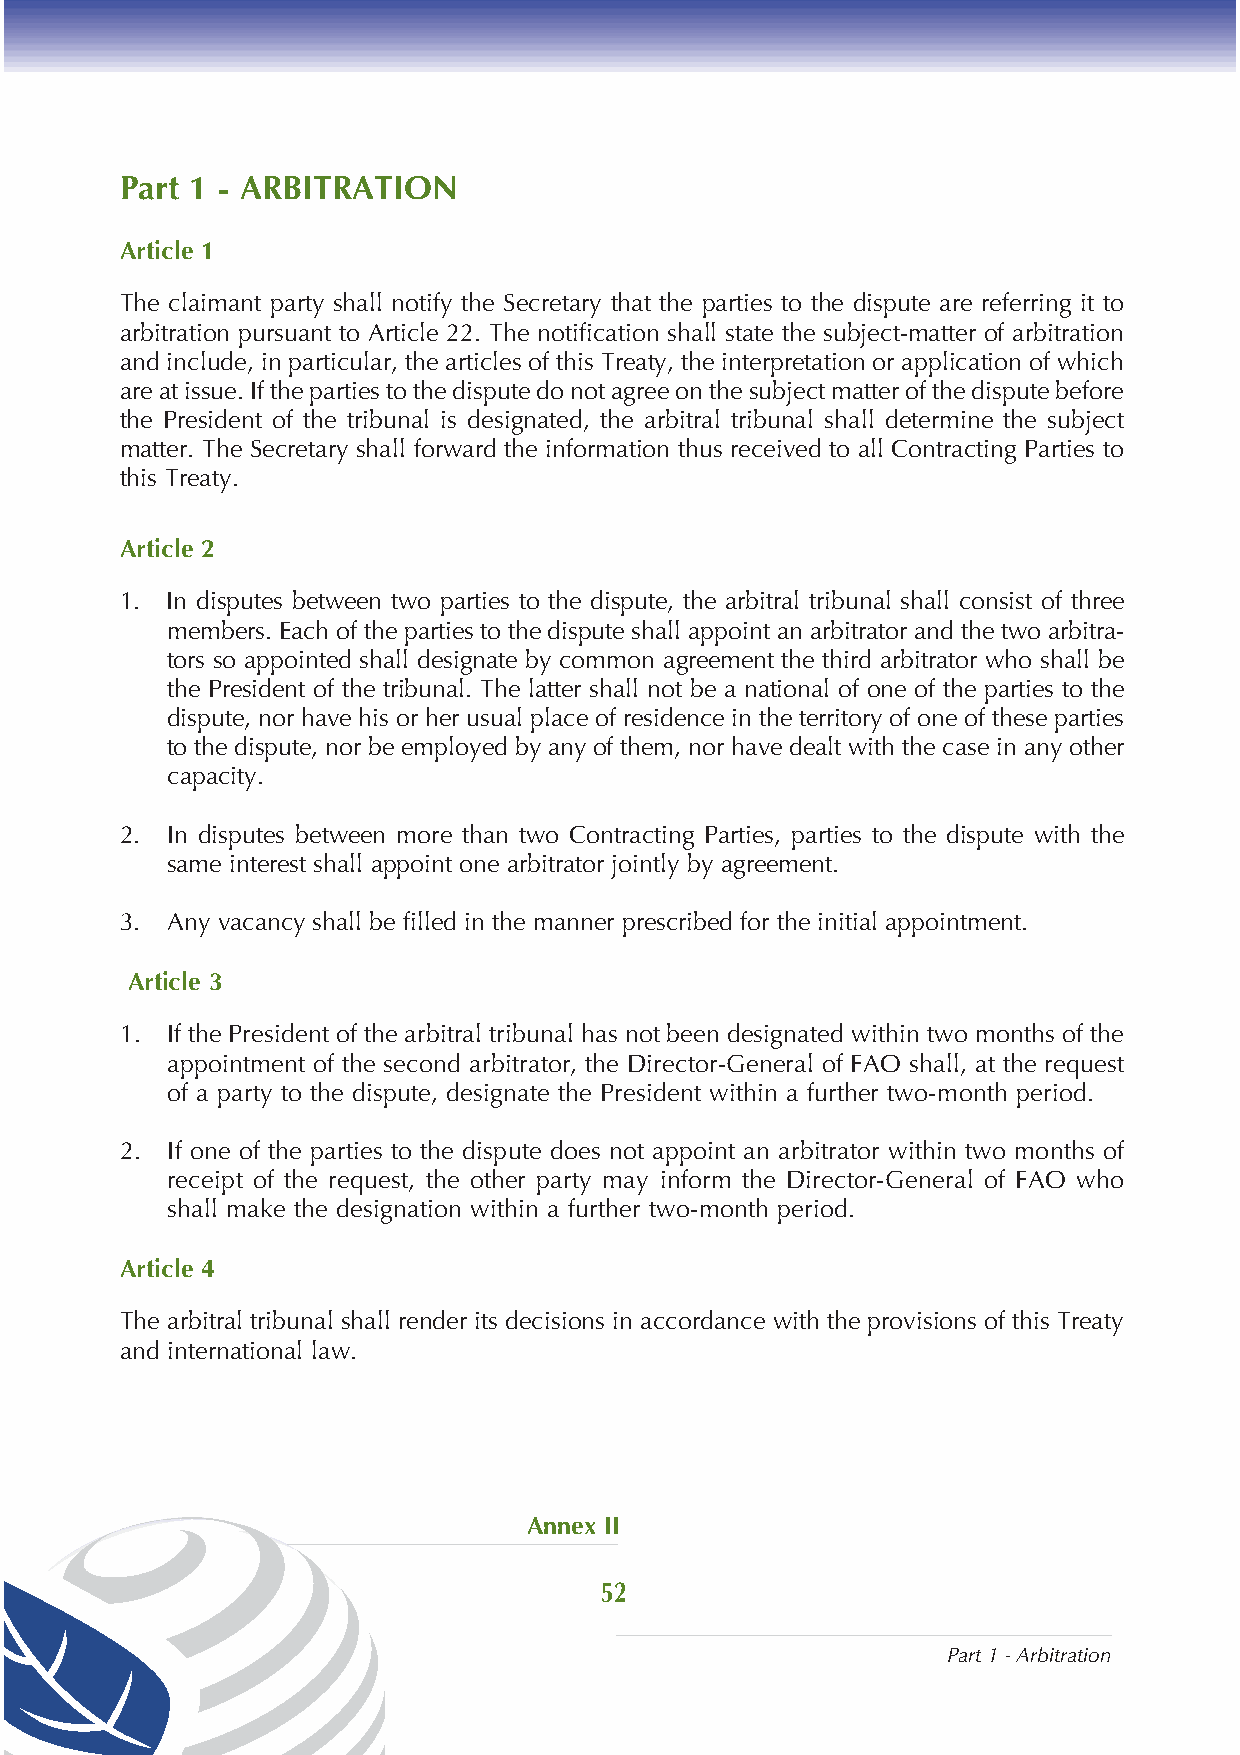
Part 1 - ARBITRATION
 Article 1
 The claimant party shall notify the Secretary that the parties to the dispute are referring it to
 arbitration pursuant to Article 22. The notification shall state the subject-matter of arbitration
 and include, in particular, the articles of this Treaty, the interpretation or application of which
 are at issue. If the parties to the dispute do not agree on the subject matter of the dispute before
 the President of the tribunal is designated, the arbitral tribunal shall determine the subject
 matter. The Secretary shall forward the information thus received to all Contracting Parties to
 this Treaty.
 Article 2
 1. In disputes between two parties to the dispute, the arbitral tribunal shall consist of three
 members. Each of the parties to the dispute shall appoint an arbitrator and the two arbitra-
 tors so appointed shall designate by common agreement the third arbitrator who shall be
 the President of the tribunal. The latter shall not be a national of one of the parties to the
 dispute, nor have his or her usual place of residence in the territory of one of these parties
 to the dispute, nor be employed by any of them, nor have dealt with the case in any other
 capacity.
 2. In disputes between more than two Contracting Parties, parties to the dispute with the
 same interest shall appoint one arbitrator jointly by agreement.
 3. Any vacancy shall be filled in the manner prescribed for the initial appointment.
 Article 3
 1. If the President of the arbitral tribunal has not been designated within two months of the
 appointment of the second arbitrator, the Director-General of FAO shall, at the request
 of a party to the dispute, designate the President within a further two-month period.
 2. If one of the parties to the dispute does not appoint an arbitrator within two months of
 receipt of the request, the other party may inform the Director-General of FAO who
 shall make the designation within a further two-month period.
 Article 4
 The arbitral tribunal shall render its decisions in accordance with the provisions of this Treaty
 and international law.
 Annex II
 52
 Part 1 - Arbitration